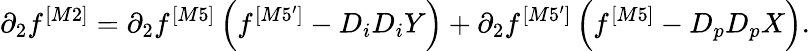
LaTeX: \partial_{2}f^{[M2]}=\partial_{2}f^{[M5]}\left(f^{[M5^{\prime}]}-D_{i}D_{i}Y\right)+\partial_{2}f^{[M5^{\prime}]}\left(f^{[M5]}-D_{p}D_{p}X\right).